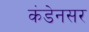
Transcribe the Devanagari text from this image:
कंडेनसर